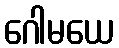
ဂေါမယေ